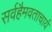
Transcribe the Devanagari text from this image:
सर्वहैमवताचार्य